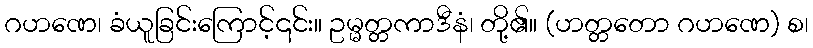
ဂဟဏေ၊ ခံယူခြင်းကြောင့်၎င်း။ ဥမ္မတ္တကာဒီနံ၊ တို့၏။ (ဟတ္တတော ဂဟဏေ) စ၊